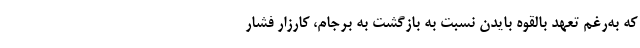
که به‌رغم تعهد بالقوه بایدن نسبت به بازگشت به برجام، کارزار فشار